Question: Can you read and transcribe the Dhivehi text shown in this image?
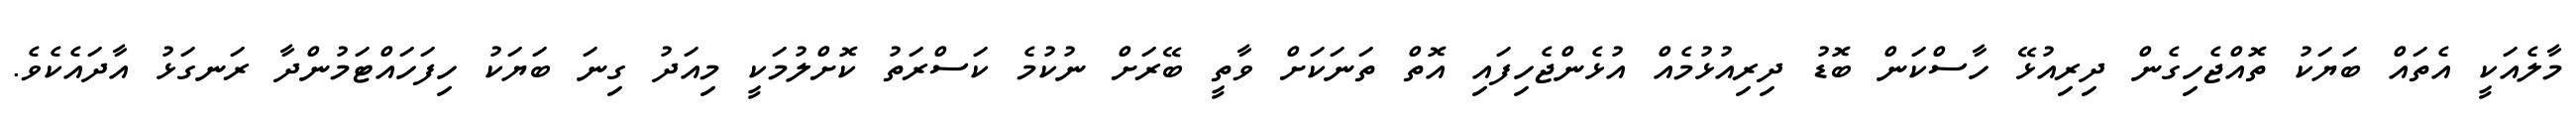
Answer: މާލެއަކީ އެތައް ބަޔަކު ތޮއްޖެހިގެން ދިރިއުޅޭ ހާސްކަން ބޮޑު ދިރިއުޅުމެއް އުޅެންޖެހިފައި އޮތް ތަނަކަށް ވާތީ ބޭރަށް ނުކުމެ ކަސްރަތު ކޮށްލުމަކީ މިއަދު ގިނަ ބަޔަކު ހިފަހައްޓަމުންދާ ރަނގަޅު އާދައެކެވެ.